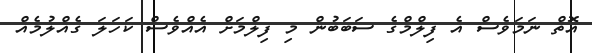
އޮތް ނަމަވެސް އެ ފިލްމްގެ ސަބަބުން މި ފިލްމަށް އެއްވެސް ކަހަލަ ގެއްލުމެއް